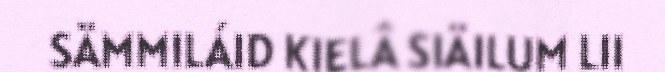
SÄMMILÁID KIELÂ SIÄILUM LII